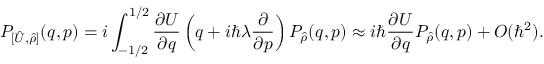
P _ { [ \hat { U } , \hat { \rho } ] } ( q , p ) = i \int _ { - 1 / 2 } ^ { 1 / 2 } \frac { \partial U } { \partial q } \left( q + i \hbar \lambda \frac { \partial } { \partial p } \right) P _ { \hat { \rho } } ( q , p ) \approx i \hbar \frac { \partial U } { \partial q } P _ { \hat { \rho } } ( q , p ) + O ( \hbar ^ { 2 } ) .